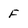
Character: F